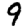
Digit: 9